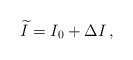
\begin{align*}\widetilde{I} = I_0 + \Delta I\,,\end{align*}